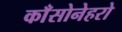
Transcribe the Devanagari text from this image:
काँसोनेहरो